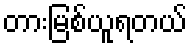
တားမြစ်ယူရတယ်